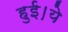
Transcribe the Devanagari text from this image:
हुई।ये